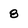
Character: 8